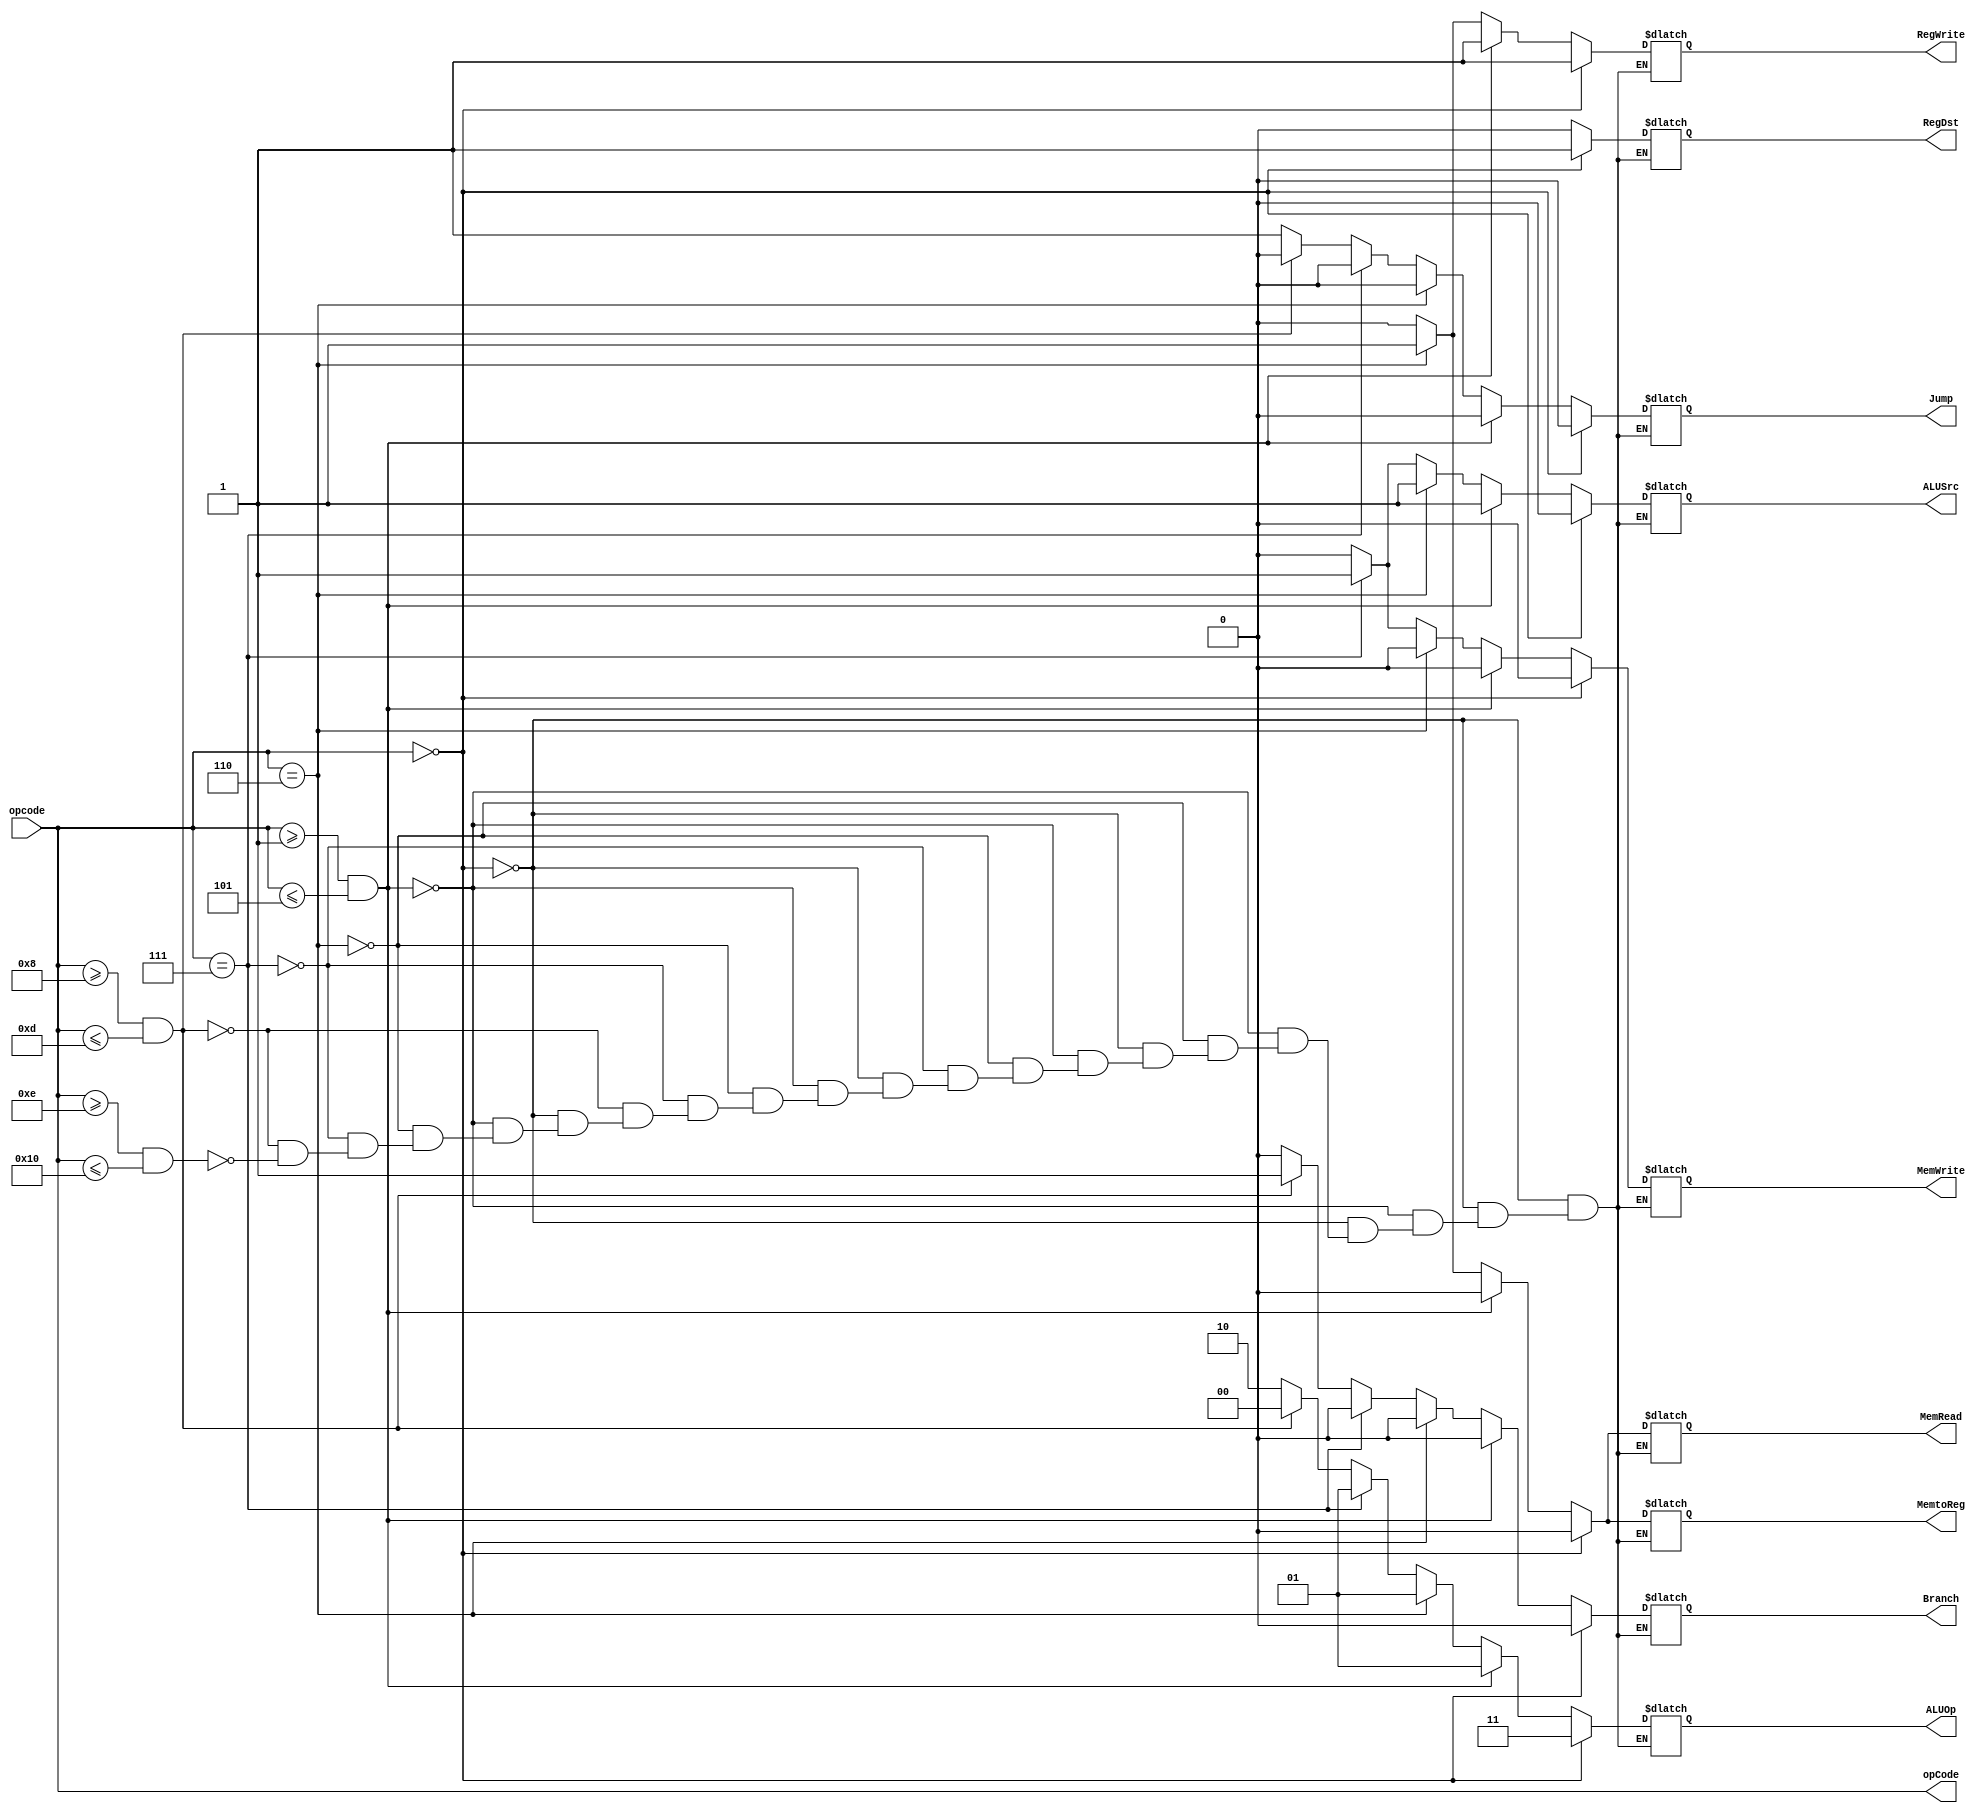
module control
(
    input wire [5:0] opcode,
    output reg RegDst,
    output reg Jump,
    output reg Branch,
    output reg MemRead,
    output reg MemtoReg,
    output reg [1:0] ALUOp,
    output reg MemWrite,
    output reg ALUSrc,
    output reg RegWrite,
    output wire [5:0] opCode
);

assign opCode = opcode;

always @* begin
    if(opcode == 0) begin
        RegDst = 1;
        Jump = 0;
        Branch = 0;
        MemRead = 0;
        MemtoReg = 0;
        ALUOp = 2'd3;
        MemWrite = 0;
        ALUSrc = 0;
        RegWrite = 1;
    end
    else if(opcode >= 1 && opcode <= 5) begin
        RegDst = 0;
        Jump = 0;
        Branch = 0;
        MemRead = 0;
        MemtoReg = 0;
        ALUOp = 1;
        MemWrite = 0;
        ALUSrc = 1;
        RegWrite = 1;
    end
    else if(opcode == 6) begin
        RegDst = 0;
        ALUSrc = 1;
        MemtoReg = 1;
        RegWrite = 1;
        MemRead = 1;
        MemWrite = 0;
        Branch = 0;
        ALUOp = 2'b01;
        Jump = 0;
    end
    else if(opcode == 7) begin
        RegDst = 0;
        ALUSrc = 1;
        MemtoReg = 0;
        RegWrite = 0;
        MemRead = 0;
        MemWrite = 1;
        Branch = 0;
        ALUOp = 01;
        Jump = 0;
    end
    // else if(opcode == 8) begin
    //     RegDst = 0;
    //     ALUSrc = 0;
    //     MemtoReg = 0;
    //     RegWrite = 0;
    //     MemRead = 0;
    //     MemWrite = 0;
    //     Branch = 1;
    //     ALUOp = 00;
    //     Jump = 0;
    // end
    else if(opcode >= 8 && opcode <=13) begin
        RegDst = 0;
        ALUSrc = 0;
        MemtoReg = 0;
        RegWrite = 0;
        MemRead = 0;
        MemWrite = 0;
        Branch = 1;
        ALUOp = 00;
        Jump = 0;
    end
    else if(opcode >= 14 && opcode <=16) begin
        RegDst = 0;
        ALUSrc = 0;
        MemtoReg = 0;
        RegWrite = 0;
        MemRead = 0;
        MemWrite = 0;
        Branch = 0;
        ALUOp = 10;
        Jump = 1;
    end
end

endmodule